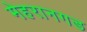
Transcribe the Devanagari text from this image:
मेहरानगड